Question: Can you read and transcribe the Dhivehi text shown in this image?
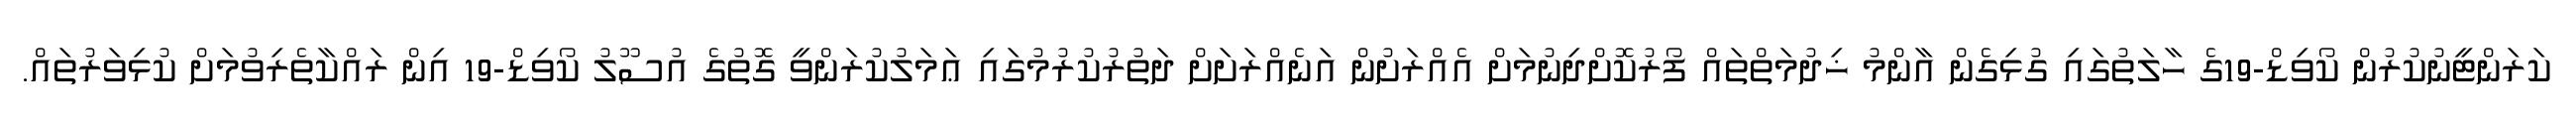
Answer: ކަރަންޓީނުކުރުން ކޯވިޑް-19ގެ ހާލަތުގައި ގުޅިގެން އާންމު ޚިދުމަތްތައް ފޯރުކޮށްދިނުމަށް އެއްރަށުން އަނެއްރަށަށް ދަތުރުކުރުމުގައި ޢަމަލުކުރަންވީ ގޮތުގެ އުސޫލު ކޯވިޑް-19 އިން ރައްކާތެރިވުމަށް ކުޅިވަރުތައް.